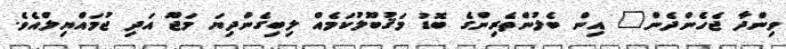
ވިންދާ ޖެހެންދެން" އިން ބެލުންތެރިންގެ ބޮޑު މަޤުބޫލުކަމެއް ލިބިގެންދިޔަ މަޖޫ އަދި ޖުމައްޔިލްއެވެ.